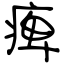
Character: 痺